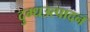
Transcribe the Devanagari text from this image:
दुग्धउत्पादन